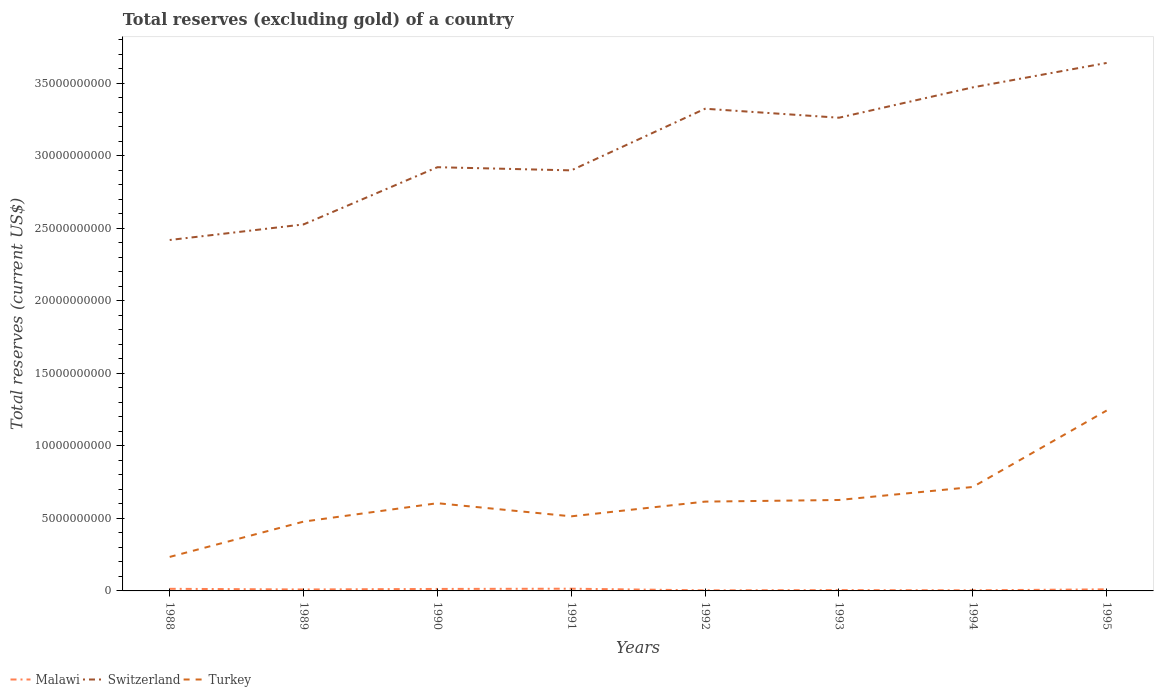
| Years | Malawi | Switzerland | Turkey |
 | --- | --- | --- | --- |
 | 1988 | 1.46e+08 | 2.42e+10 | 2.34e+09 |
 | 1989 | 1e+08 | 2.53e+10 | 4.78e+09 |
 | 1990 | 1.37e+08 | 2.92e+10 | 6.05e+09 |
 | 1991 | 1.53e+08 | 2.9e+10 | 5.14e+09 |
 | 1992 | 3.99e+07 | 3.33e+10 | 6.16e+09 |
 | 1993 | 5.69e+07 | 3.26e+10 | 6.27e+09 |
 | 1994 | 4.28e+07 | 3.47e+10 | 7.17e+09 |
 | 1995 | 1.1e+08 | 3.64e+10 | 1.24e+10 |